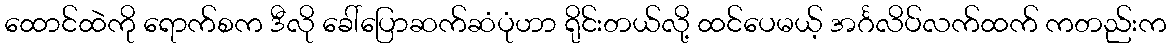
ထောင်ထဲကို ရောက်စက ဒီလို ခေါ်ပြောဆက်ဆံပုံဟာ ရိုင်းတယ်လို့ ထင်ပေမယ့် အင်္ဂလိပ်လက်ထက် ကတည်းက